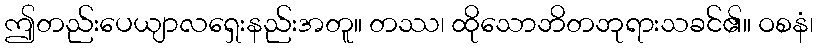
ဤတည်းပေယျာလရှေးနည်းအတူ။ တဿ၊ ထိုသောဘိတဘုရားသခင်၏။ ဝစနံ၊